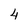
Character: 4